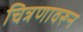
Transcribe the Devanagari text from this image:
चित्रणावरून